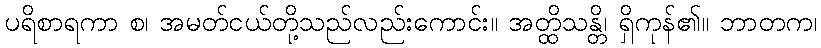
ပရိစာရကာ စ၊ အမတ်ငယ်တို့သည်လည်းကောင်း။ အတ္ထိသန္တိ၊ ရှိကုန်၏။ ဘာတက၊